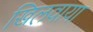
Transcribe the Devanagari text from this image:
खिलवाया